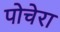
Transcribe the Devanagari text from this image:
पोचेरा